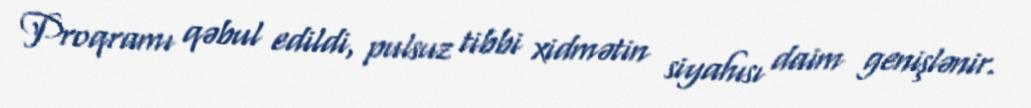
Proqramı qəbul edildi, pulsuz tibbi xidmətin siyahısı daim genişlənir.